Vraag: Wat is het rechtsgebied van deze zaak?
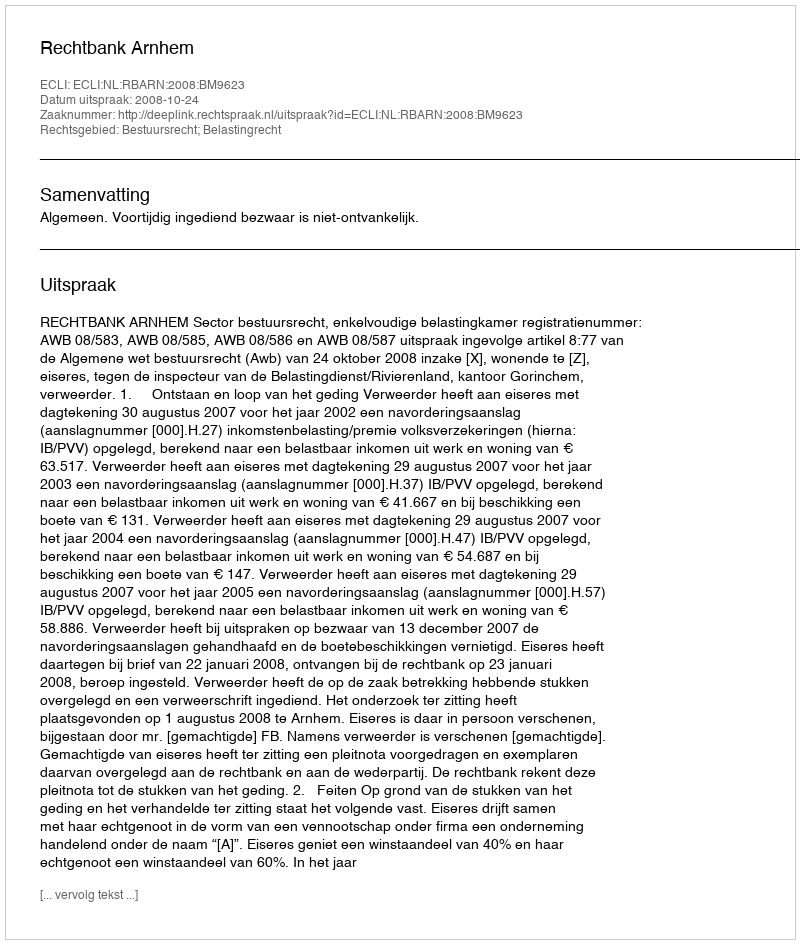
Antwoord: Bestuursrecht; Belastingrecht